Report of the Indian Hemp Drugs Commission, 1894-1895 - Volume VII
Year: 1894
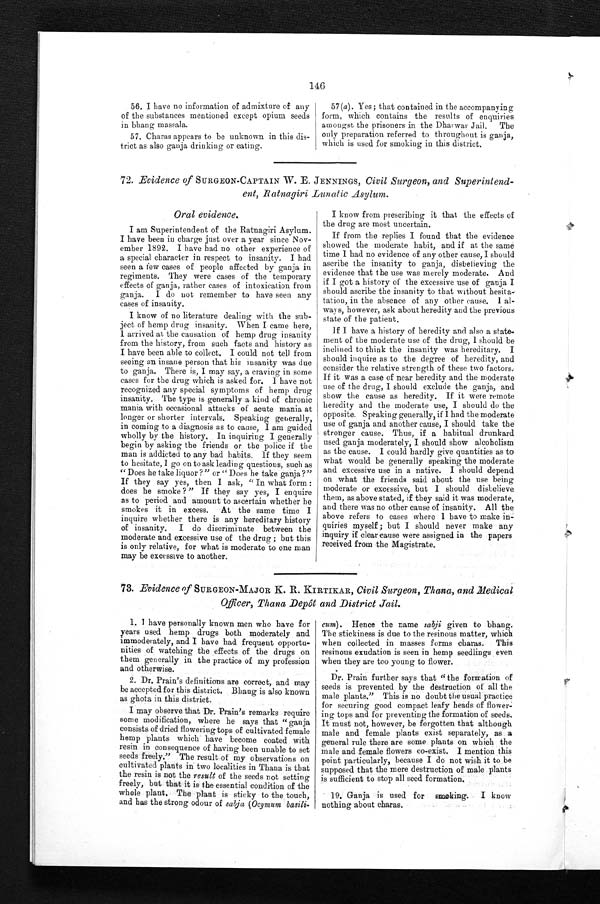
146
56. I have no information of admixture of any
of the substances mentioned except opium seeds
in bhang massala.
57. Charas appears to be unknown in this dis-
trict as also ganja drinking or eating.
57(a). Yes ; that contained in the accompanying
form, which contains the results of enquiries
amongst the prisoners in the Dharwar Jail. The
only preparation referred to throughout is ganja,
which is used for smoking in this district.
72. Evidence of SURGEON-CAPTAIN W. E. JENNINGS, Civil Surgeon, and Superintend
¬ent, Ratnagiri Lunatic Asylum.
Oral evidence.
I am Superintendent of the Ratnagiri Asylum.
I have been iu charge just over a year since Nov-
mber 1892. I have had no other experience of
a special character in respect to insanity. I had
seen a few cases of people affected by ganja in
regiments. They were cases of the temporary
effects of ganja, rather cases of intoxication from
ganja. I do not remember to have seen any
cases of insanity.
I know of no literature dealing with the sub-
ject of hemp drug insanity. When I came here,
I arrived at the causation of hemp drug insanity
from the history, from such facts and history as
I have been able to collect. I could not tell from
seeing an insane person that his insanity was due
to ganja. There is, I may say, a craving in some
cases for the drug which is asked for. I have not
recognized any special symptoms of hemp drug
insanity. The type is generally a kind of chronic
mania with occasional attacks of acute mania at
longer or shorter intervals. Speaking generally,
in coming to a diagnosis as to cause, I am guided
wholly by the history. In inquiring I generally
begin by asking the friends or the police if the
man is addicted to any bad habits. If they seem
to hesitate, I go on to ask leading questions, such as
" Does he take liquor ?" or "Does he take ganja?"
If they say yes, then I ask, " In what form :
does he smoke ? " If they say yes, I enquire
as to period and amount to ascertain whether he
smokes it in excess. At the same time I
inquire whether there is any hereditary history
of insanity. I do discriminate between the
moderate and excessive use of the drug ; but this
is only relative, for what is moderate to one man
may be excessive to another.
I know from prescribing it that the effects of
the drug are most uncertain.
If from the replies I found that the evidence
showed the moderate habit, and if at the same
time I had no evidence of any other cause, I should
ascribe the insanity to ganja, disbelieving the
evidence that the use was merely moderate. And
if I got a history of the excessive use of ganja I
should ascribe the insanity to that without hesita-
tatiou, in the absence of any other cause. I al-
ways, however, ask about heredity and the previous
state of the patient.
If I have a history of heredity and also a state-
ment of the moderate use of the drug, 1 should be
inclined to think the insanity was hereditary. I
should inquire as to the degree of heredity, and
consider the relative strength of these two factors.
If it was a case of near heredity and the moderate
use of the drug, I should exclude the ganja, and
show the cause as heredity. If it were remote
heredity and the moderate use, I should do the
opposite. Speaking generally, if I had the moderate
use of ganja and another cause, I should take the
stronger cause. Thus, if a habitual drunkard
used ganja moderately, I should show alcoholism
as the cause. I could hardly give quantities as to
what would be generally speaking the moderate
and excessive use in a native. I should depend
on what the friends said about the use being
moderate or excessive, but I should disbelieve
them, as above stated, if they said it was moderate,
and there was no other cause of insanity. All the
above refers to cases where I have to make in-
quiries myself ; but I should never make any
inquiry if clear cause were assigned in the papers
received from the Magistrate.
73. Evidence of SURGEON-MAJOR K. R. KIRTIKAR, Civil Surgeon, Thana, and Medical
Officer, Thana Depot and District Jail.
1. I have personally known men who have for
years used hemp drugs both moderately and.
immoderately, and I have had frequent opportu-
nities of watching the effects of the drugs on
them generally in the practice of my profession
and otherwise.
2. Dr. Prain's definitions are correct, and may
be accepted for this district. Bhang is also known
as ghota in this district.
I may observe that Dr. Prain's remarks require
some modification, where he says that " ganja
consists of dried flowering tops of cultivated female
hemp plants which have become coated with
resin in consequence of having been unable to set
seeds freely." The result of my observations on
cultivated plants in two localities in Thana is that
the resin is not the result of the seeds not setting
freely, but that it is the essential condition of the
whole plant. The plant is sticky to the touch,
and has the strong odour of sabja (Ocymum basili
cum). Hence the name sabji given to bhang.
The stickiness is due to the resinous matter, which
when collected in masses forms charas. This
resinous exudation is seen in hemp seedlings even
when they are too young to flower.
Dr. Prain further says that "the formation of
seeds is prevented by the destruction of all the
male plants." This is no doubt the usual practice
for securing good compact leafy heads of flower
¬ i n g t o p s a n d f o r p r e v e n t i n g t h e f o r m a t i o n o f s e e d s .
It must not, however, be forgotten that although
male and female plants exist separately, as a
general rule there are some plants on which the
male and female flowers co-exist. I mention this
point particularly, because I do not wish it to be
supposed that the mere destruction of male plants
is suff icient to stop all seed formation.
19. Ganja is used for smoking. I know
nothing about charas.